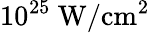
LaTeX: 10^{25}~\mathrm{W/cm^{2}}